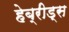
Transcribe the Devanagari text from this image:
हेब्रीड्स